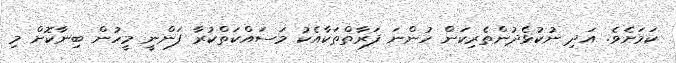
ކަމަށެވެ. އަދި ނުކުޅެދުންތެރިކަން ހުންނަ ފަރާތްތަކާއެކު މަސައްކަތްކުރާ ފަންނީ މީހުން ބިނާކޮށް މި